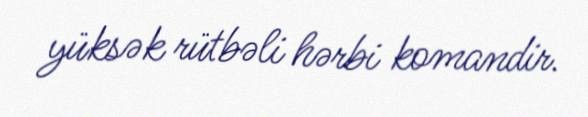
yüksək rütbəli hərbi komandir.